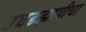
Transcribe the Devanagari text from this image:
उघडझापीचा